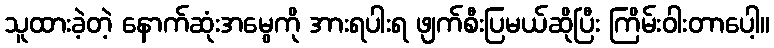
သူထားခဲ့တဲ့ နောက်ဆုံးအမွေကို အားရပါးရ ဖျက်စီးပြမယ်ဆိုပြီး ကြိမ်းဝါးတာပေါ့။